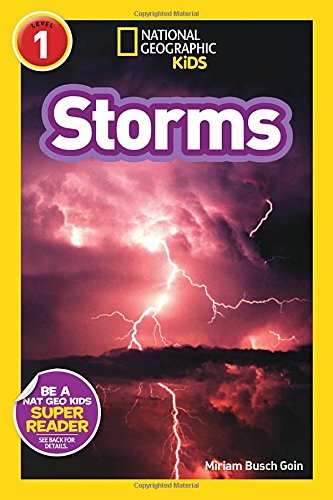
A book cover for National Geographic Readers: Storms!; Miriam Goin; Children's Books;